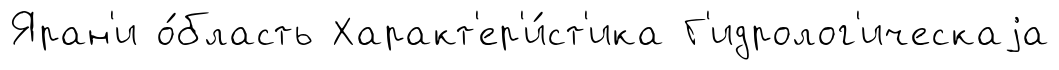
Яран'и о́бласть Характ'ер'и́ст'ика Г'идролог'ическаjа